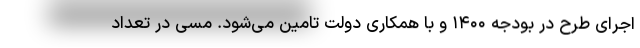
اجرای طرح در بودجه ۱۴۰۰ و با همکاری دولت تامین می‌شود. مسی در تعداد